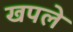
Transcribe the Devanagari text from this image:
खपले